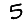
Digit: 5